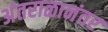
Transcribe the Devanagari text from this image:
अंतराळानंतर